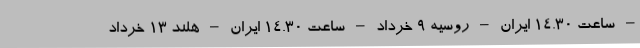
– ساعت ۱۴.۳۰ ایران – روسیه ۹ خرداد – ساعت ۱۴.۳۰ ایران – هلند ۱۳ خرداد